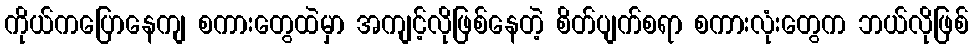
ကိုယ်ကပြောနေကျ စကားတွေထဲမှာ အကျင့်လိုဖြစ်နေတဲ့ စိတ်ပျက်စရာ စကားလုံးတွေက ဘယ်လိုဖြစ်